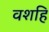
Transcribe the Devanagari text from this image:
वशहि